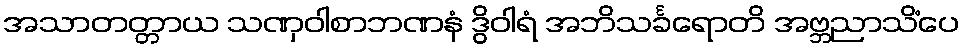
အသာတတ္တာယ သဏှဝါစာဘဏနံ ဒွိဝါရံ အဘိသင်္ခရောတိ အဗ္ဘညာသိံပေ